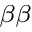
_ { \beta \beta }